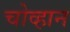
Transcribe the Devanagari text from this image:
चोव्हान